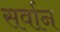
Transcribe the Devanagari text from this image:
सर्वान